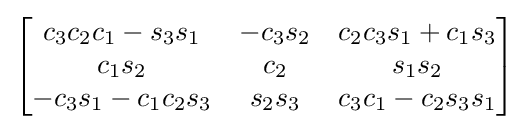
{\begin{bmatrix}c_{3}c_{2}c_{1}-s_{3}s_{1}&-c_{3}s_{2}&c_{2}c_{3}s_{1}+c_{1}s_{3}\\c_{1}s_{2}&c_{2}&s_{1}s_{2}\\-c_{3}s_{1}-c_{1}c_{2}s_{3}&s_{2}s_{3}&c_{3}c_{1}-c_{2}s_{3}s_{1}\end{bmatrix}}